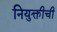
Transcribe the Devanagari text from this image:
नियुक्तीची